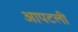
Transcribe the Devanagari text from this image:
आपटली